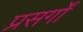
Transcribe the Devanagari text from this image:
प्रसर्गों